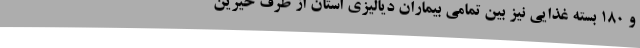
و 180 بسته غذایی نیز بین تمامی بیماران دیالیزی استان از طرف خیرین